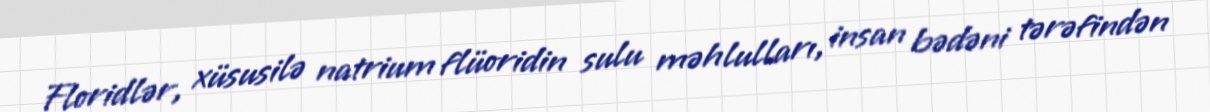
Floridlər, xüsusilə natrium flüoridin sulu məhlulları, insan bədəni tərəfindən